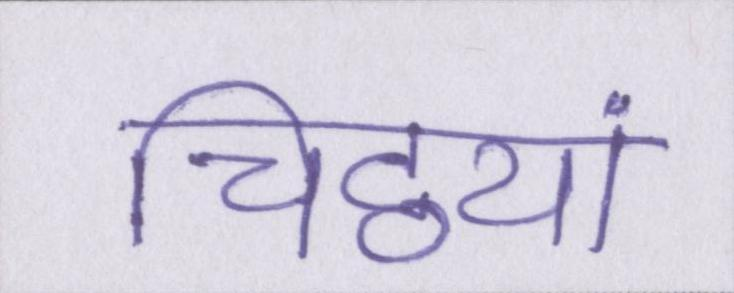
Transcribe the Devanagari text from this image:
चिट्ठयां